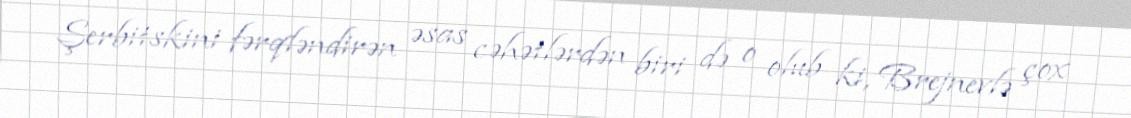
Şerbitskini fərqləndirən əsas cəhətlərdən biri də o olub ki, Brejnevlə çox